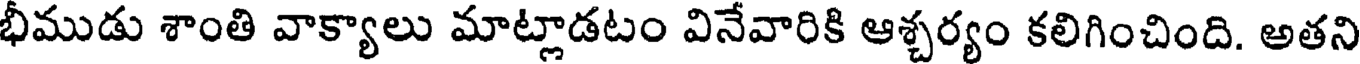
భీముడు శాంతి వాక్యాలు మాట్లాడటం వినేవారికి ఆశ్చర్యం కలిగించింది. అతని